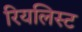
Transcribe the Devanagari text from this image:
रियलिस्ट